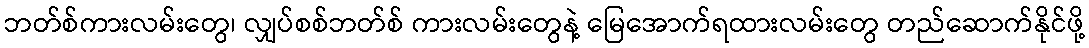
ဘတ်စ်ကားလမ်းတွေ၊ လျှပ်စစ်ဘတ်စ် ကားလမ်းတွေနဲ့ မြေအောက်ရထားလမ်းတွေ တည်ဆောက်နိုင်ဖို့